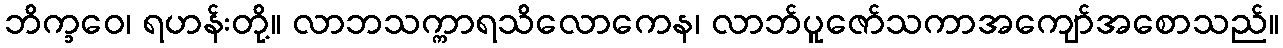
ဘိက္ခဝေ၊ ရဟန်းတို့။ လာဘသက္ကာရသိလောကေန၊ လာဘ်ပူဇော်သကာအကျော်အစောသည်။